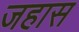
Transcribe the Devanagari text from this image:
जहास